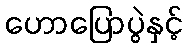
ဟောပြောပွဲနှင့်